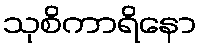
သုစိကာရိနော